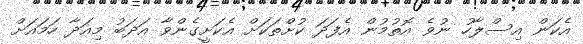
އެކަން އިސްލާހު ނުވެ އޮތުމުން އެފަދަ ކުށްތަކަށް އެކަށީގެންވާ އަދަބު މިއަދާ ހަމައަށް